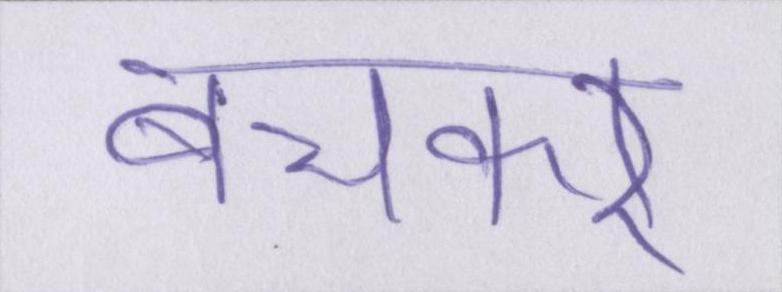
बचकर